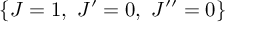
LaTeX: \left\{ J = 1 , \ J ^ { \prime } = 0 , \ J ^ { \prime \prime } = 0 \right\}